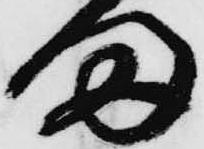
ま